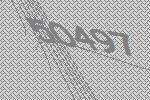
50497